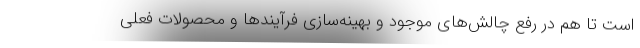
است تا هم در رفع چالش‌های موجود و بهینه‌سازی فرآیندها و محصولات فعلی